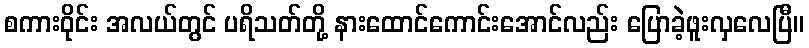
စကားဝိုင်း အလယ်တွင် ပရိသတ်တို့ နားထောင်ကောင်းအောင်လည်း ပြောခဲ့ဖူးလှလေပြီ။